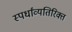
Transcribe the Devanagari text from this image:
स्पर्धांव्यतिरिक्त